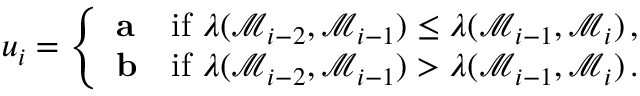
u _ { i } = \left\{ \begin{array} { l l } { \mathbf { a } } & { \mathrm { i f ~ } \lambda ( \mathcal { M } _ { i - 2 } , \mathcal { M } _ { i - 1 } ) \leq \lambda ( \mathcal { M } _ { i - 1 } , \mathcal { M } _ { i } ) \, , } \\ { \mathbf { b } } & { \mathrm { i f ~ } \lambda ( \mathcal { M } _ { i - 2 } , \mathcal { M } _ { i - 1 } ) > \lambda ( \mathcal { M } _ { i - 1 } , \mathcal { M } _ { i } ) \, . } \end{array} \right.